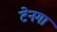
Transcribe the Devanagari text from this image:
टेनगा